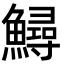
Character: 鱘